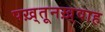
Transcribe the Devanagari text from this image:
पख़्तूनख़्वाह